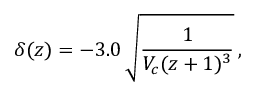
\delta ( z ) = - 3 . 0 \, \sqrt { \frac { 1 } { V _ { c } ( z + 1 ) ^ { 3 } } } \, ,